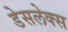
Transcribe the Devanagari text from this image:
डेसलेक्स